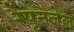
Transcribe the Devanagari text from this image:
रैपुनजेल